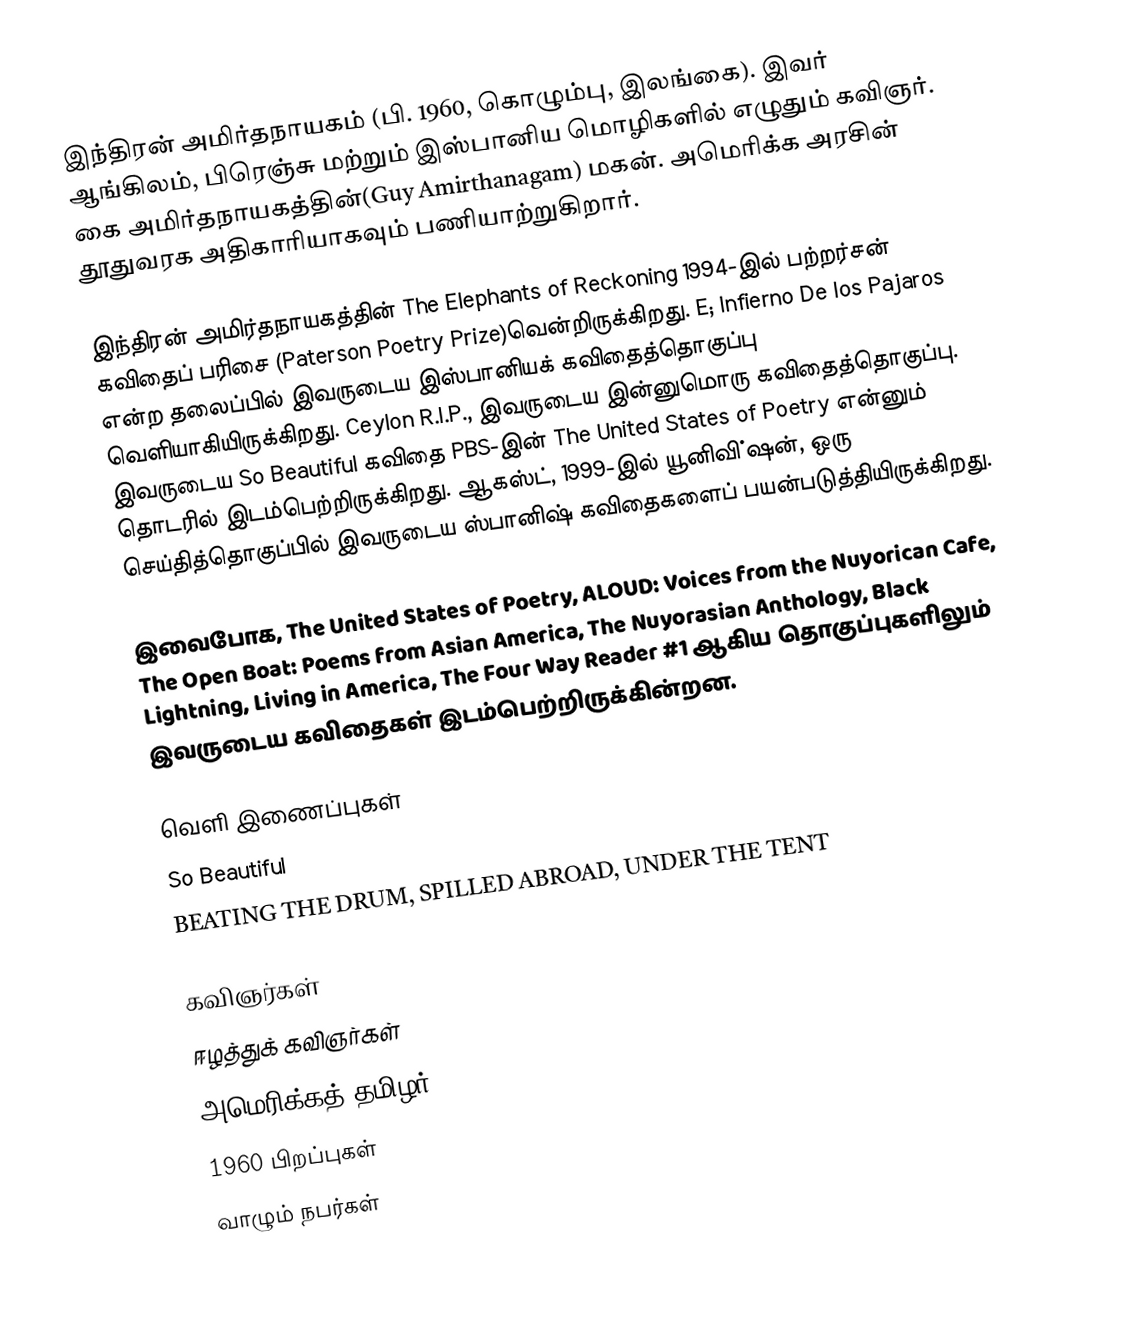
இந்திரன் அமிர்தநாயகம் (பி. 1960, கொழும்பு, இலங்கை). இவர் ஆங்கிலம், பிரெஞ்சு மற்றும் இஸ்பானிய மொழிகளில் எழுதும் கவிஞர். கை அமிர்தநாயகத்தின்(Guy Amirthanagam) மகன். அமெரிக்க அரசின் தூதுவரக அதிகாரியாகவும் பணியாற்றுகிறார்.

இந்திரன் அமிர்தநாயகத்தின் The Elephants of Reckoning 1994-இல் பற்றர்சன் கவிதைப் பரிசை (Paterson Poetry Prize)வென்றிருக்கிறது. E; Infierno De los Pajaros என்ற தலைப்பில் இவருடைய இஸ்பானியக் கவிதைத்தொகுப்பு வெளியாகியிருக்கிறது. Ceylon R.I.P., இவருடைய இன்னுமொரு கவிதைத்தொகுப்பு. இவருடைய So Beautiful கவிதை PBS-இன் The United States of Poetry என்னும் தொடரில் இடம்பெற்றிருக்கிறது. ஆகஸ்ட், 1999-இல் யூனிவி்ஷன், ஒரு செய்தித்தொகுப்பில் இவருடைய ஸ்பானிஷ் கவிதைகளைப் பயன்படுத்தியிருக்கிறது.

இவைபோக, The United States of Poetry, ALOUD: Voices from the Nuyorican Cafe, The Open Boat: Poems from Asian America, The Nuyorasian Anthology, Black Lightning, Living in America, The Four Way Reader #1 ஆகிய தொகுப்புகளிலும் இவருடைய கவிதைகள் இடம்பெற்றிருக்கின்றன.

வெளி இணைப்புகள்
 So Beautiful
 BEATING THE DRUM, SPILLED ABROAD, UNDER THE TENT

கவிஞர்கள்
ஈழத்துக் கவிஞர்கள்
அமெரிக்கத் தமிழர்
1960 பிறப்புகள்
வாழும் நபர்கள்